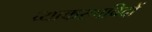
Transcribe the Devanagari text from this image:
व्याकरणविदों